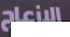
الازعاج